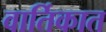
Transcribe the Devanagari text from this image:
वार्तिकात